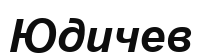
Юдичев